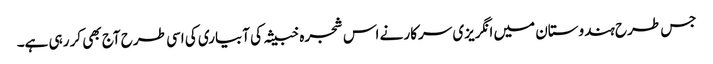
جس طرح ہندوستان میں انگریزی سرکار نے اس شجرہ خبیثہ کی آبیاری کی اسی طرح آج بھی کر رہی ہے۔